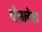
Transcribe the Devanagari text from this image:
पोसलेला